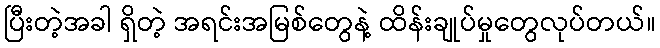
ပြီးတဲ့အခါ ရှိတဲ့ အရင်းအမြစ်တွေနဲ့ ထိန်းချုပ်မှုတွေလုပ်တယ်။